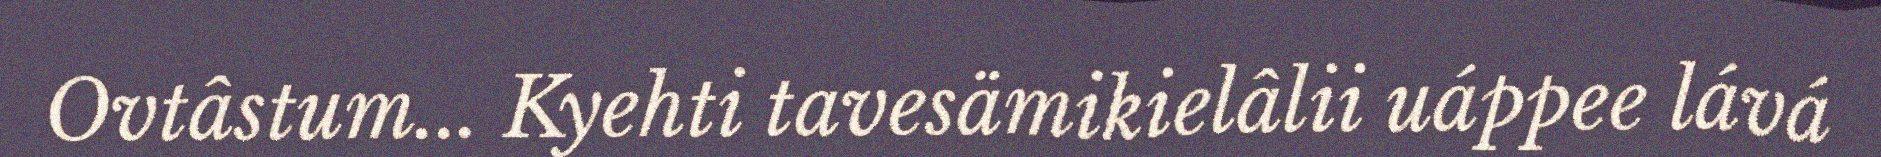
Ovtâstum... Kyehti tavesämikielâlii uáppee lává